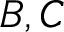
B , C